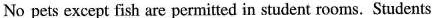
No pets except fish are permitted in student rooms.Students